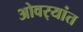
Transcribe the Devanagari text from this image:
ओवर्‍यांत